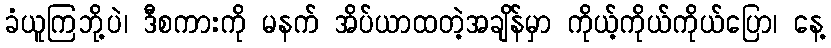
ခံယူကြဘို့ပဲ၊ ဒီစကားကို မနက် အိပ်ယာထတဲ့အချိန်မှာ ကိုယ့်ကိုယ်ကိုယ်ပြော၊ နေ့